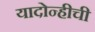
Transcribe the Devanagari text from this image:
यादोन्हीची